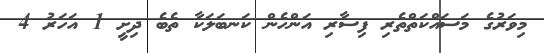
މިވަރުގެ މަސައްކަތްތެރި ފިސާރި އަންހެން ކަނބަލަކާ ތެބެ ދިށީ 1 އަހަރު 4